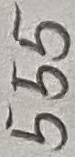
Text: 555